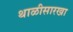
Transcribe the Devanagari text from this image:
थाळीसारखा